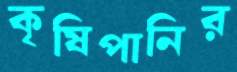
কৃষিপানির